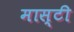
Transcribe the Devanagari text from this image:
मास्टी